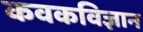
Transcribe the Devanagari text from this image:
कवकविज्ञान